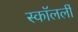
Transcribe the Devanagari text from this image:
स्कॉलर्ली